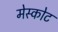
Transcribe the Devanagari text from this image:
मेस्कोट